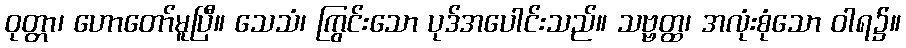
ဝုတ္တာ၊ ဟောတော်မူပြီ။ သေသံ၊ ကြွင်းသော ပုဒ်အပေါင်းသည်။ သဗ္ဗတ္ထ၊ အလုံးစုံသော ဝါရ၌။